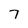
Character: 7